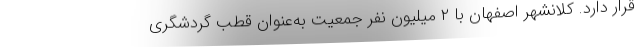
قرار دارد. کلانشهر اصفهان با ۲ میلیون نفر جمعیت به‌عنوان قطب گردشگری